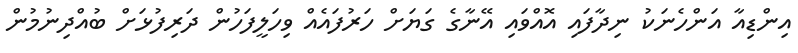
އިންޑިއާ އަންހެނަކު ނިދާފައި އޮއްވައި އޭނާގެ ގަޔަށް ހަރުފައެއް ވިހަލީފަހުން ދަރިފުޅަށް ބުއްދިނުމުން